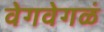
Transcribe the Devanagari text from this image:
वेगवेगळं